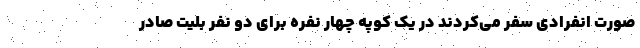
صورت انفرادی سفر می‌کردند در یک کوپه چهار نفره برای دو نفر بلیت صادر